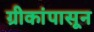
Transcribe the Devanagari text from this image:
ग्रीकांपासून